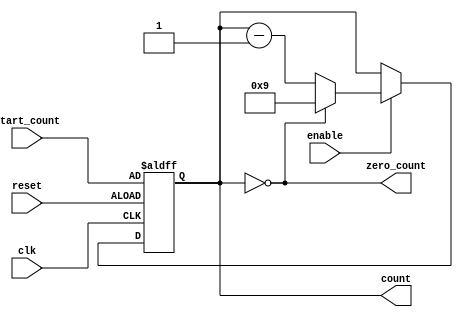
module downcounter(
    input wire clk,
    input wire reset,
    input wire [WIDTH-1:0] start_count,
    input wire enable,
    output reg [WIDTH-1:0] count, // always a single hex/BCD digit
    output wire zero_count
    );
    
parameter WIDTH = 4;
parameter MAX = 9;
assign zero_count = ( count == 0 );

always @(posedge clk, posedge reset) begin
    
    if (reset) count <= start_count;
    else begin

        if (enable) begin
            if (count == 0) count <= MAX;
            else count <= count - 1;
        end
    end
end


endmodule